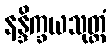
နန္ဒိက္ခယသုတ္တံ